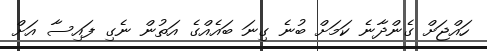
ހައްޖަށް ގެންދާނެ ކަމަށް ބުނެ ގިނަ ބައެއްގެ އަތުން ނެގި ފައިސާ އަށް